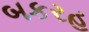
બકરહ